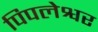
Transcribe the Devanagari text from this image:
पिपलेश्वर